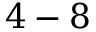
4 - 8